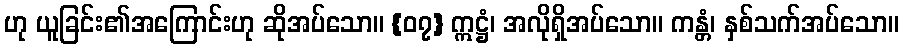
ဟု ယူခြင်း၏အကြောင်းဟု ဆိုအပ်သော။ {၀၇} ဣဋ္ဌံ၊ အလိုရှိအပ်သော။ ကန္တံ၊ နှစ်သက်အပ်သော။